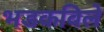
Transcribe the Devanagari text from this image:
भडकविले